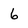
Character: 6